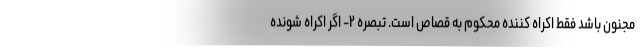
مجنون باشد فقط اکراه کننده محکوم به قصاص است. تبصره ۲- اگر اکراه شونده